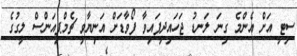
ސިޓީ އަށް އެންމެ ގިނަ ލަނޑު ޖަހައިދީފައިވާ ފޯވާޑަށް އަނިޔާވީ ޗެމްޕިއަންސް ލީގުގެ